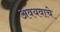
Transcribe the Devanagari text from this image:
अवयवाचे